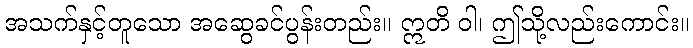
အသက်နှင့်တူသော အဆွေခင်ပွန်းတည်း။ ဣတိ ဝါ၊ ဤသို့လည်းကောင်း။